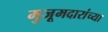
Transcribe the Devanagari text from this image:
मुजूमदारांच्या